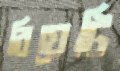
বিয়েটি